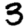
Digit: 3